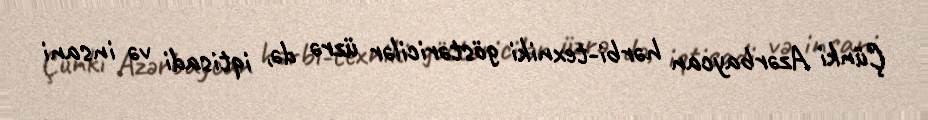
Çünki Azərbaycan hərbi-texniki göstəricilər üzrə də, iqtisadi və insani